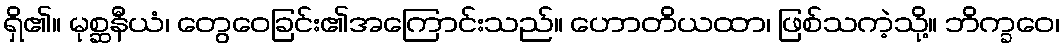
ရှိ၏။ မုစ္ဆနီယံ၊ တွေဝေခြင်း၏အကြောင်းသည်။ ဟောတိယထာ၊ ဖြစ်သကဲ့သို့။ ဘိက္ခဝေ၊